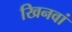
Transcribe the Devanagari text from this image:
खिनवां